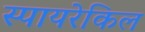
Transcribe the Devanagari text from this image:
स्पायरेकिल